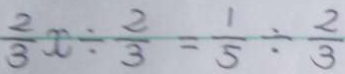
\frac { 2 } { 3 } x \div \frac { 2 } { 3 } = \frac { 1 } { 5 } \div \frac { 2 } { 3 }